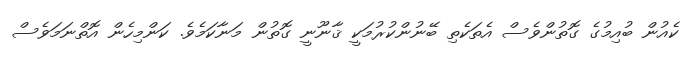
ކެއުން ބުއިމުގެ ގޮތުންވެސް އެތަކެތި ބޭނުންކުރުމަކީ ޤާނޫނީ ގޮތުން މަނާކަމެވެ. ކަންމިހެން އޮތްނަމަވެސް